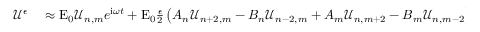
\begin{array} { r l } { \mathcal { U } ^ { \epsilon } } & { { } \approx \mathrm { E } _ { 0 } \mathcal { U } _ { n , m } e ^ { \mathrm { i } \omega t } + \mathrm { E } _ { 0 } \frac { \epsilon } { 2 } \left( A _ { n } \mathcal { U } _ { n + 2 , m } - B _ { n } \mathcal { U } _ { n - 2 , m } + A _ { m } \mathcal { U } _ { n , m + 2 } - B _ { m } \mathcal { U } _ { n , m - 2 } \right) e ^ { \mathrm { i } \omega t } - \mathrm { i } \frac { k w _ { 0 } ^ { 2 } m _ { S } } { 1 6 } \mathrm { E } _ { 0 } \bigg ( A _ { n } \Big ( \mathcal { U } _ { n + 2 , m } + \frac { \epsilon } { 2 } \big ( A _ { n + 2 } \mathcal { U } _ { n + 4 , m } } \end{array}